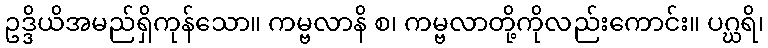
ဥဒ္ဒိယိအမည်ရှိကုန်သော။ ကမ္ဗလာနိ စ၊ ကမ္ဗလာတို့ကိုလည်းကောင်း။ ပဂ္ဃရိ၊